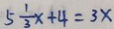
5 \frac { 1 } { 3 } x + 4 = 3 x